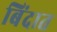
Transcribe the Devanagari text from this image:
बिंदात